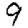
Digit: 9